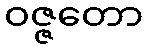
ဝဇ္ဇတော